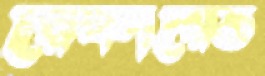
রেফায়েত